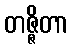
တဇ္ဇိတာ